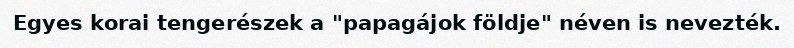
Egyes korai tengerészek a "papagájok földje" néven is nevezték.